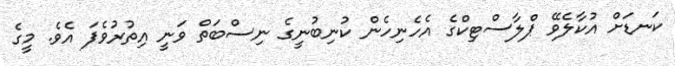
ކަނޑަށް އުކާލެވޭ ޕްލާސްޓިކްގެ އެހެނިހެން ކުނިބުނީގެ ނިސްބަތް ވަނީ އިތުރުވެފަ އެވެ. މީގެ